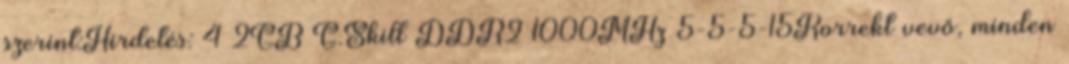
szerint:Hirdetés: 4 2GB G.Skill DDR2 1000MHz 5-5-5-15Korrekt vevő, minden